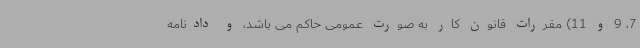
7، 9 و 11) مقررات قانون کار به صورت عمومی حاکم می باشد، و دادنامه